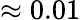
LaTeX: \approx 0.01